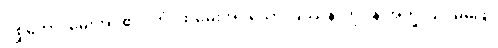
ပုစ္ဆိတော၊ မေးအပ်၏။ တံ၊ ထိုမေးအပ်သော ပြဿနာကို။ န အက္ခာသိ၊ မဖြေ။